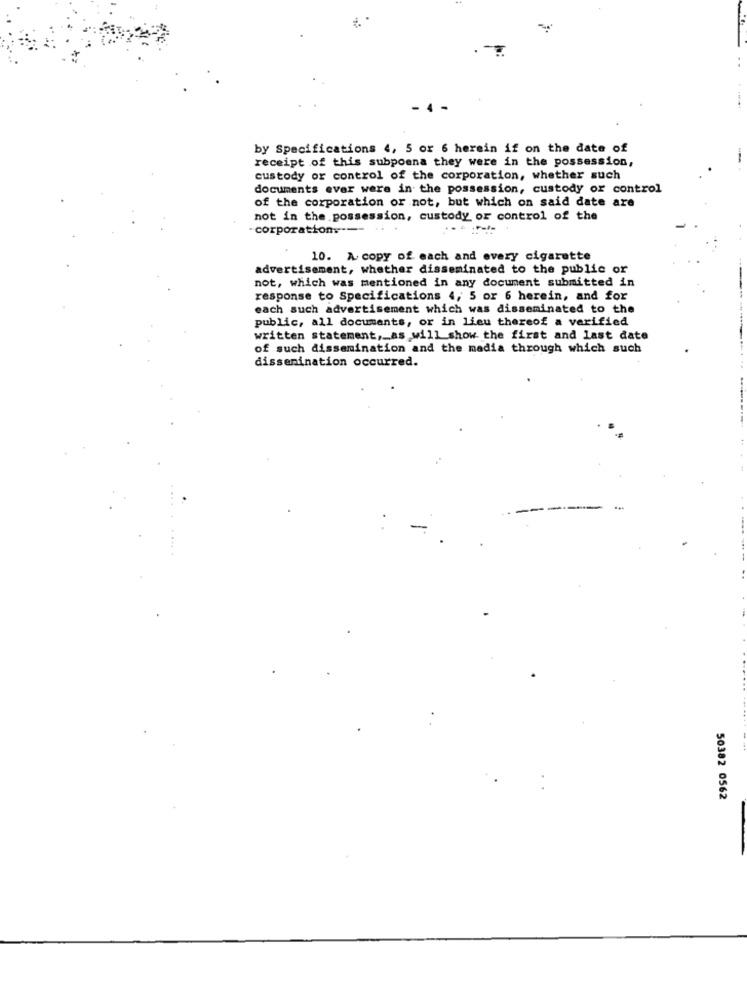
- 4 -
by Specifications 4, 5 or 6 herein if on the date of
receipt of this subpoena they were in the possession,
custody or control of the corporation, whether such
documents ever were in the possession, custody or control
of the corporation or not, but which on said date are
not in the possession, custody of control of the
corporations"
10. A copy of each and every cigarette
advertisement, whether disseminated to the public or
not, which was mentioned in any document submitted in
response to Specifications 4, 5 or 6 herein, and for
each such advertisement which was disseminated to the
public, all documents, or in lieu thereof a verified
written statement ,_ as will show the first and last date
of such dissemination and the madia through which such
dissemination occurred.
50382 0562